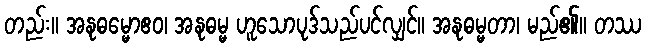
တည်း။ အနုဓမ္မောဧဝ၊ အနုဓမ္မ ဟူသောပုဒ်သည်ပင်လျှင်။ အနုဓမ္မတာ၊ မည်၏။ တဿ